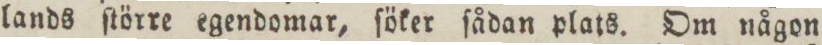
lands ſtörre egendomar, ſöker ſådan plats. Om någon